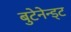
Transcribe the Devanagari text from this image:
बुटेनेन्ड्ट